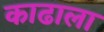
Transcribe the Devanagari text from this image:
काढाला